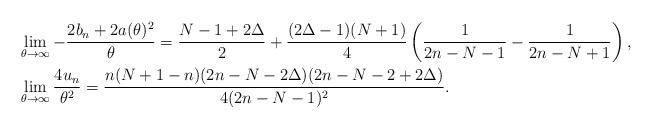
LaTeX: \begin{align*} \begin{aligned} &\lim_{\theta\to\infty} -\frac{2b_n+2a(\theta)^2}{\theta} = \frac{N-1+2\Delta}{2}+\frac{(2\Delta-1)(N+1)}{4}\left(\frac{1}{2n-N-1}-\frac{1}{2n-N+1}\right), \\ &\lim_{\theta\to\infty} \frac{4 u_n}{\theta^2} = \frac{n(N+1-n)(2n-N-2\Delta)(2n-N-2+2\Delta)}{4(2n-N-1)^2}. \end{aligned} \end{align*}